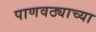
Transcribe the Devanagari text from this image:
पाणवठ्याच्‍या